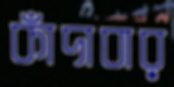
কাঁদাবার